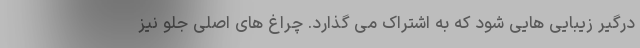
درگیر زیبایی هایی شود که به اشتراک می گذارد. چراغ های اصلی جلو نیز